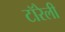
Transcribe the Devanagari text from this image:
टॉरेली